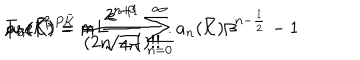
\mathrm { T r } e ^ { - \beta \, P \bar { \cal K } } = \frac { e ^ { - \beta } } { \sqrt { 4 \pi } } \sum _ { n = 0 } ^ { \infty } a _ { n } ( \bar { \cal K } ) \beta ^ { n - \frac { 1 } { 2 } } - 1 \hspace { 0 . 4 c m } , \hspace { 0 . 4 c m } a _ { 0 } ( \bar { \cal K } ) = m L \hspace { 0 . 4 c m } , \hspace { 0 . 4 c m } a _ { n } ( \bar { \cal K } ) = \frac { 2 ^ { n + 1 } } { ( 2 n - 1 ) ! ! } \, .